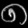
Digit: ၈